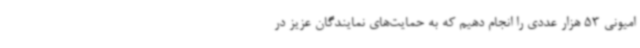
امیونی 53 هزار عددی را انجام دهیم که به حمایت‌های نمایندگان عزیز در